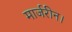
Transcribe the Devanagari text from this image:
मार्जरीन।